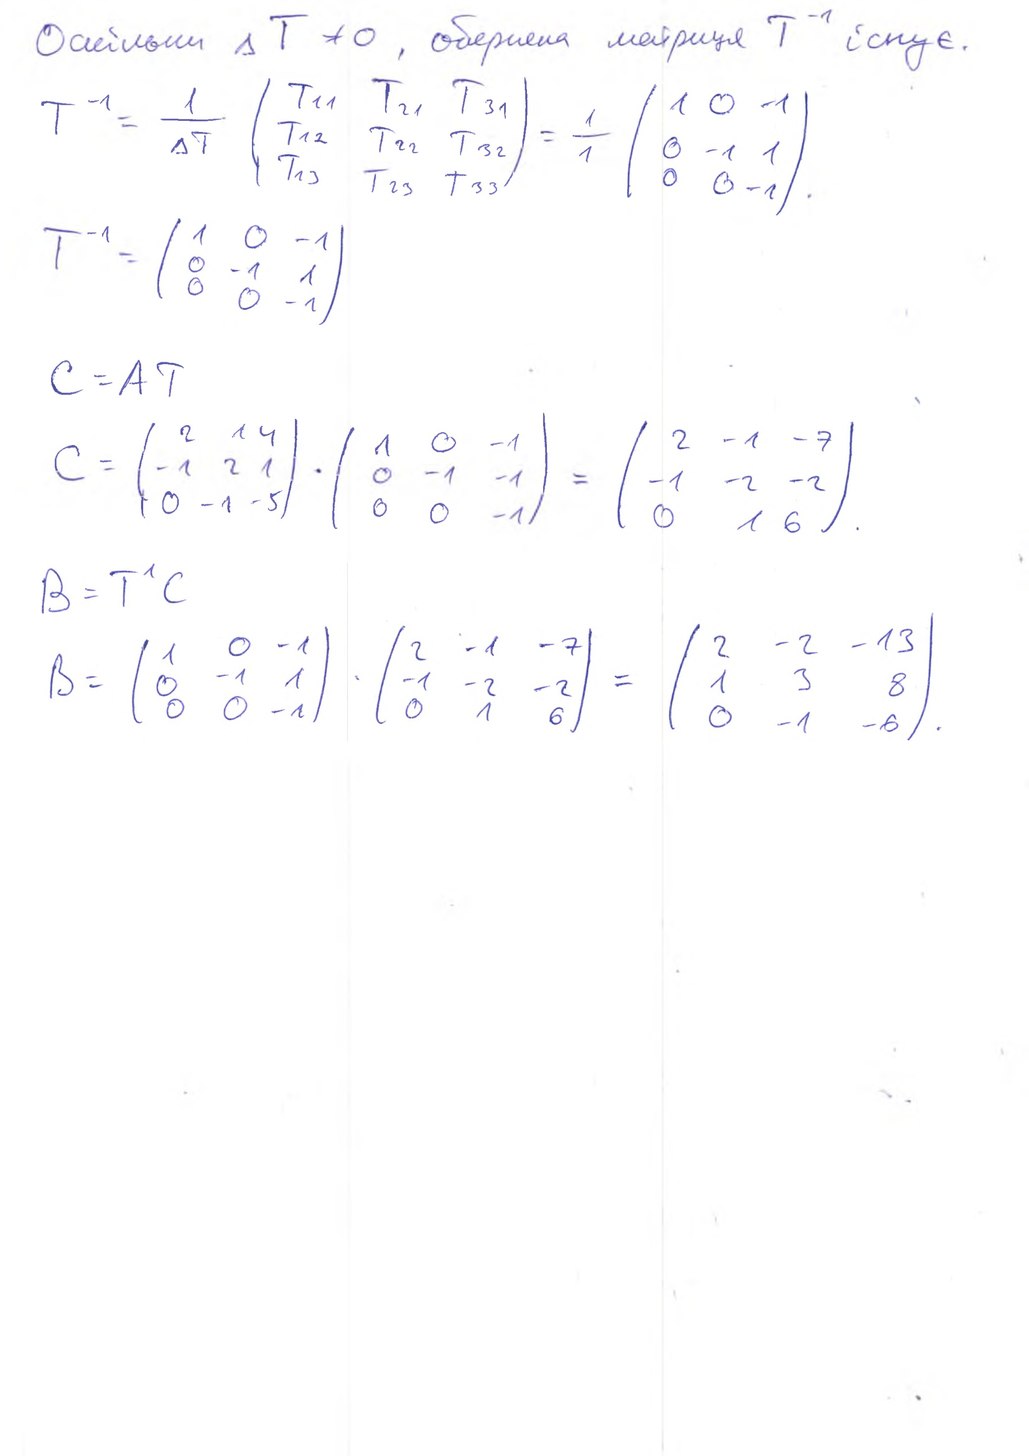
Оскільки Δ T ≠ 0, обернена матриця T⁻¹ існує.
T^{-1} = \frac{1}{\Delta T} \begin{pmatrix} T_{11} & T_{21} & T_{31} \\ T_{12} & T_{22} & T_{32} \\ T_{13} & T_{23} & T_{33} \end{pmatrix} = \frac{1}{1} \begin{pmatrix} 1 & 0 & -1 \\ 0 & -1 & 1 \\ 0 & 0 & -1 \end{pmatrix}
T^{-1} = \begin{pmatrix} 1 & 0 & -1 \\ 0 & -1 & 1 \\ 0 & 0 & -1 \end{pmatrix}
C = AT
C = \begin{pmatrix} 2 & 1 & 4 \\ -1 & 2 & 1 \\ 0 & -1 & -5 \end{pmatrix} \cdot \begin{pmatrix} 1 & 0 & -1 \\ 0 & -1 & -1 \\ 0 & 0 & -1 \end{pmatrix} = \begin{pmatrix} 2 & -1 & -7 \\ -1 & -2 & -2 \\ 0 & 1 & 6 \end{pmatrix}.
B = T¹ C
B = \begin{pmatrix} 1 & 0 & -1 \\ 0 & -1 & 1 \\ 0 & 0 & -1 \end{pmatrix} \cdot \begin{pmatrix} 2 & -1 & -7 \\ -1 & -2 & -2 \\ 0 & 1 & 6 \end{pmatrix} = \begin{pmatrix} 2 & -2 & -13 \\ 1 & 3 & 8 \\ 0 & -1 & -6 \end{pmatrix}.